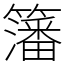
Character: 籓